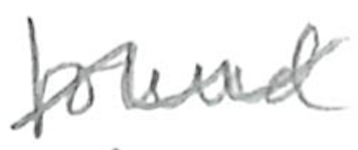
Text: found
Cross-out: wave
Writing tool: pencil